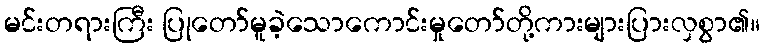
မင်းတရားကြီး ပြုတော်မူခဲ့သောကောင်းမှုတော်တို့ကားများပြားလှစွာ၏။